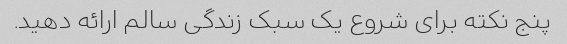
پنج نکته برای شروع یک سبک زندگی سالم ارائه دهید.